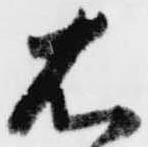
右